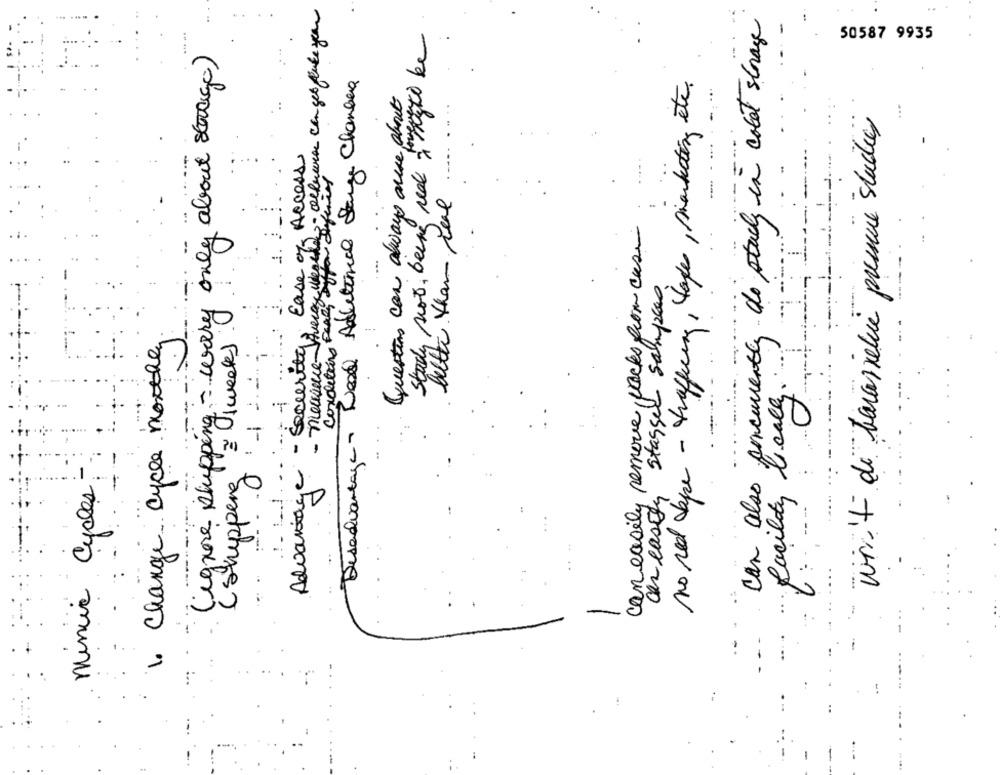
2- Olbeurre con get flute your
sg do study in colot storage
-
study not, being real in myto be
50587 9935
(ignore shipping - wery only about storage)
Additional Stange Chambera
no red tape - trafficing, tape, marketing etc.
questions can always ause about
visit de barasiebie pressine studies
Ease of Access
caneasily persone, backs from case
better than real ...
- measure - average was Defined
- -
stagger samples
Conditions Party
can also concurrently
(stepping1;
1. Change cycle monthly
= (1 weeks
Advantage -Security
....
Disadvantage - Dead
facility locally.
minir Cycles:
con casser
D